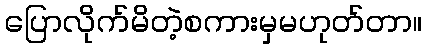
ပြောလိုက်မိတဲ့စကားမှမဟုတ်တာ။